255_413270_UFO's_and_Defense_What_Should_we_Prepare_For
Agency: NASA
Page 10
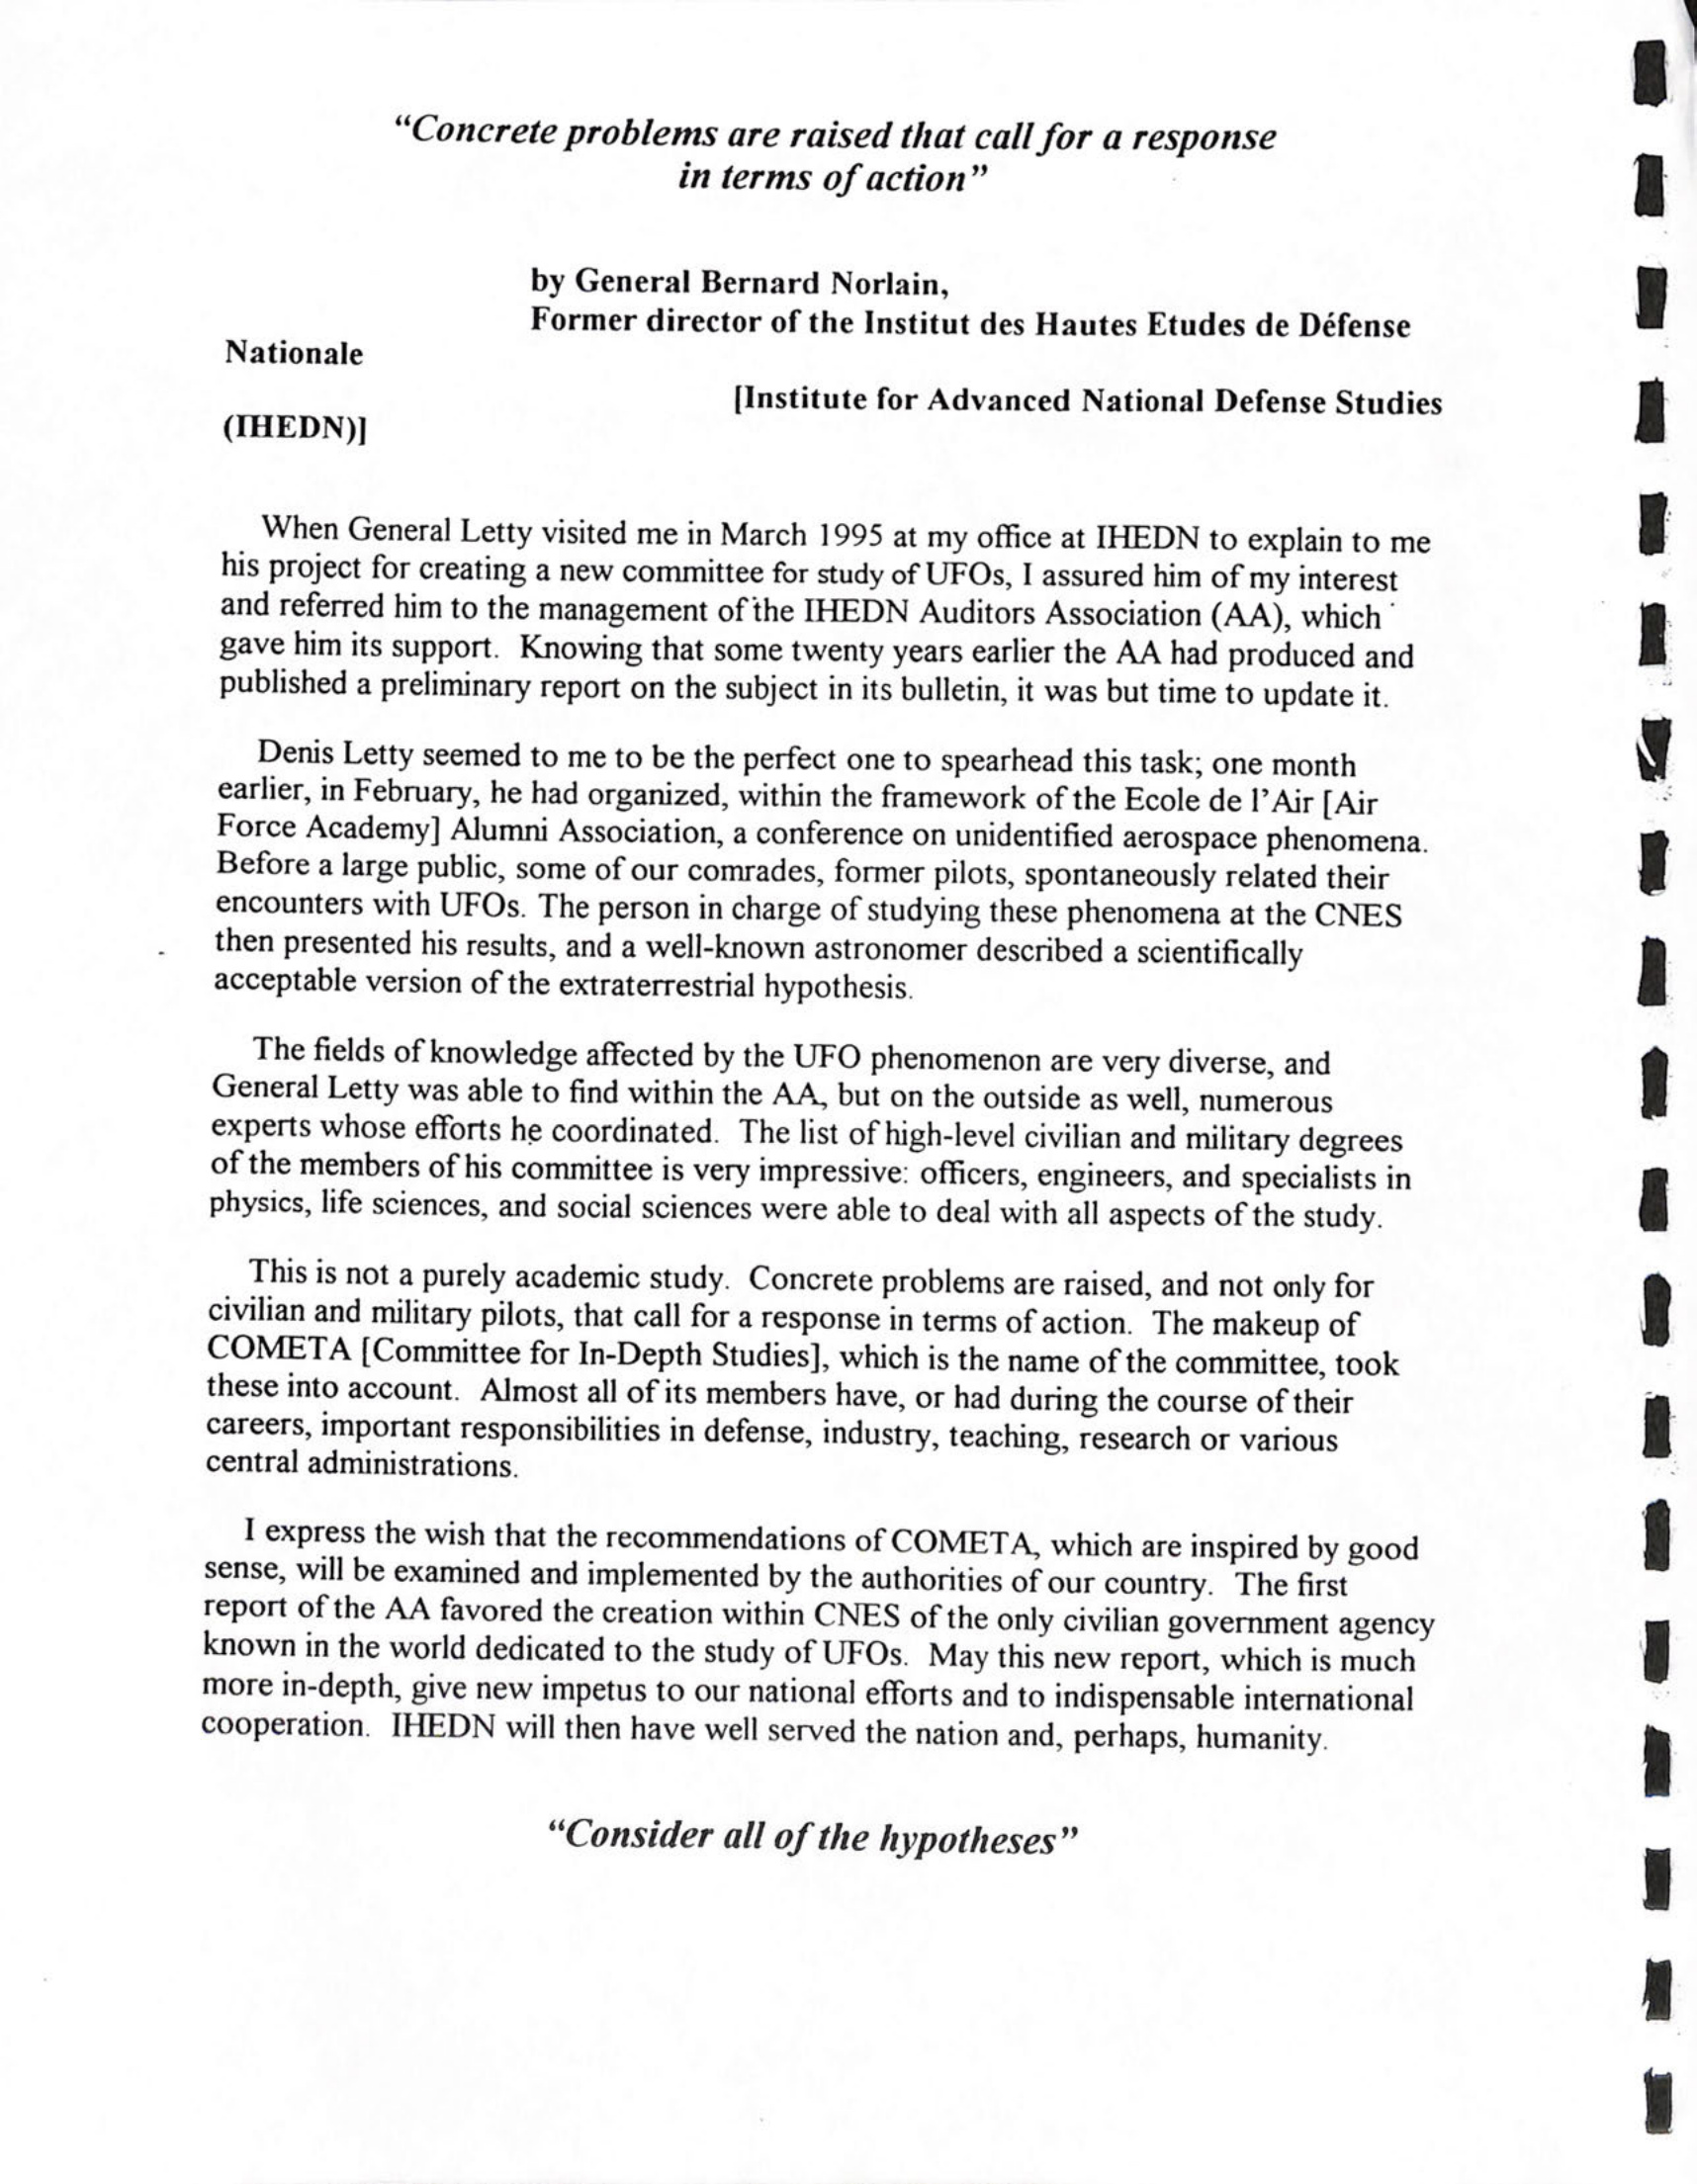